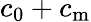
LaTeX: c_{0}+c_{\mathrm{m}}